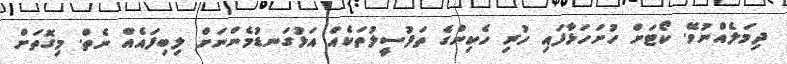
ދިމަލެއްނުވޭ. ކޯޓަށް ހުށަހަޅާފައި ހުރި ހެކިންގެ ތަފުސީލުތަކެއް އަޅުގަނޑުމެންނަށް ލިބިފައެއް ނެތް. މިގޮތަށް